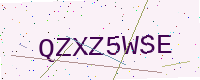
Text: QZXZ5WSE